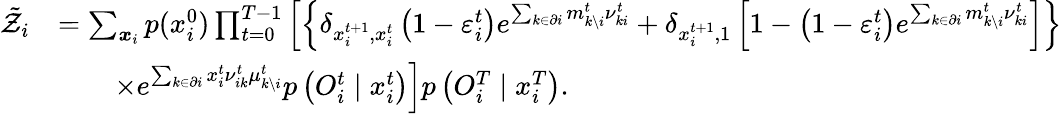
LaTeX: \begin{array}{rl}{\tilde{\mathcal{Z}}_{i}}&{=\sum_{\boldsymbol{x}_{i}}p(x_{i}^{0})\prod_{t=0}^{T-1}\left[\left\{ \delta_{x_{i}^{t+1},x_{i}^{t}}\left(1-\varepsilon_{i}^{t}\right)e^{\sum_{k\in\partial i}m_{k\setminus i}^{t}\nu_{ki}^{t}}+\delta_{x_{i}^{t+1},1}\left[1-\left(1-\varepsilon_{i}^{t}\right)e^{\sum_{k\in\partial i}m_{k\setminus i}^{t}\nu_{ki}^{t}}\right]\right\} \right.}\\ &{\qquad\left.\times e^{\sum_{k\in\partial i}x_{i}^{t}\nu_{ik}^{t}\mu_{k\setminus i}^{t}}p\left(O_{i}^{t}\mid x_{i}^{t}\right)\right]p\left({O}_{i}^{T}\mid x_{i}^{T}\right).}\end{array}